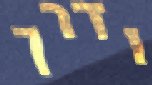
ודרך